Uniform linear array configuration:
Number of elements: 32
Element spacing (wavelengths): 0.75
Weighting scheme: cosine
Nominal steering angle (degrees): -45
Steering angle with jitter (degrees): -45.724
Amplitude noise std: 0.05
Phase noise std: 0.05

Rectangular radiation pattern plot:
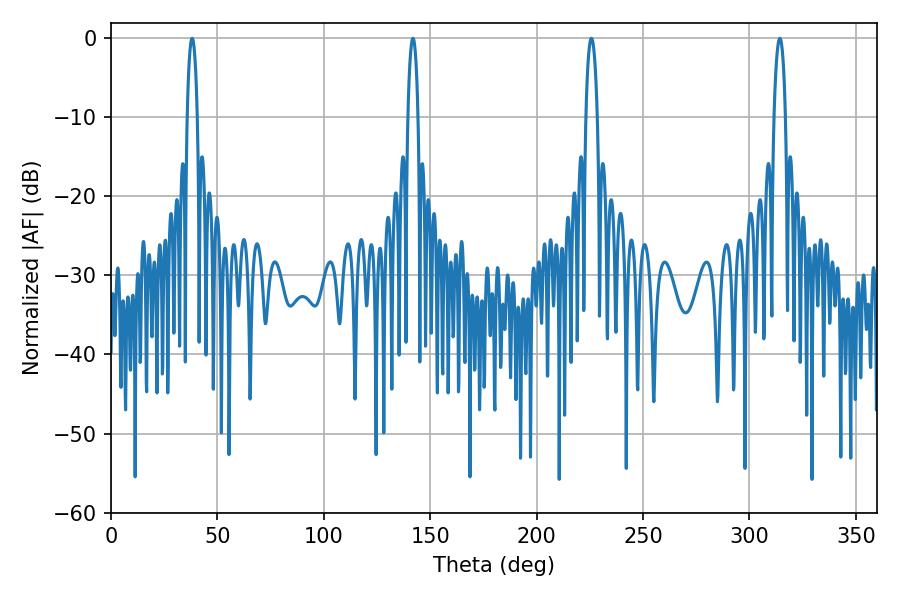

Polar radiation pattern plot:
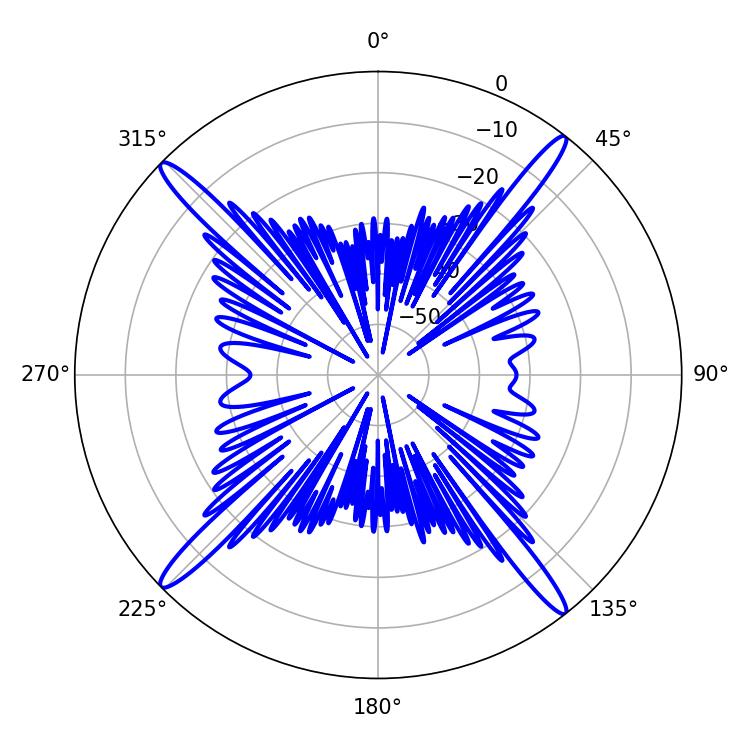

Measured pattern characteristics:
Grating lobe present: TRUE
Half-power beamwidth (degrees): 3.06
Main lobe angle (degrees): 314.28